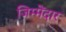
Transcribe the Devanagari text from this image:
जिम्मेंदार